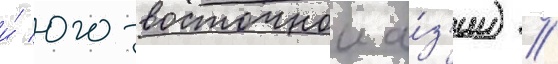
и́ юго-восточнои а́з'ии) //